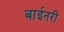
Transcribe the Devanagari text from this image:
बाईनरी